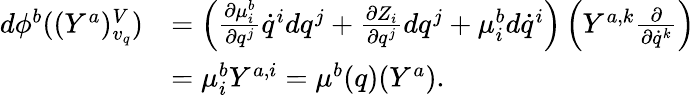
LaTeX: \begin{array}{rl}{d\phi^{b}((Y^{a})_{v_{q}}^{V})}&{=\left(\frac{\partial\mu_{i}^{b}}{\partial q^{j}}\dot{q}^{i}dq^{j}+\frac{\partial Z_{i}}{\partial q^{j}}dq^{j}+\mu_{i}^{b}d\dot{q}^{i}\right)\left(Y^{a,k}\frac{\partial}{\partial\dot{q}^{k}}\right)}\\ &{=\mu_{i}^{b}Y^{a,i}=\mu^{b}(q)(Y^{a}).}\end{array}